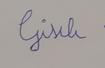
Signature authenticity: forged